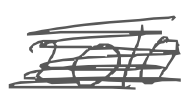
Text: 2010
Cross-out: scratch
Writing tool: digital_gray